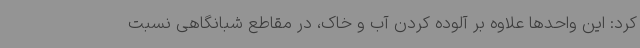
کرد: این واحدها علاوه بر آلوده کردن آب و خاک، در مقاطع شبانگاهی نسبت